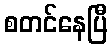
စတင်နေပြီ